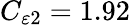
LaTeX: C_{\varepsilon 2}=1.92